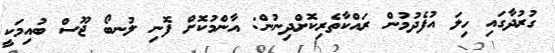
ގުރުދާގައި ހިލަ އުފެދުމުން ރައްކާތެރިކޮށްދިނުން: އާންމުކޮށް ފޮނި ލުނބޯ ޖޫސް ބުއިމަކީ